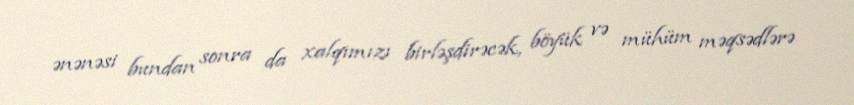
ənənəsi bundan sonra da xalqımızı birləşdirəcək, böyük və mühüm məqsədlərə